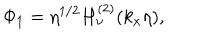
\Phi _ { 1 } = \eta ^ { 1 / 2 } H _ { \nu } ^ { ( 2 ) } ( k _ { x } \eta ) ,